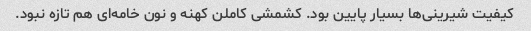
کیفیت شیرینی‌ها بسیار پایین بود. کشمشی کاملن کهنه و نون خامه‌ای هم تازه نبود.